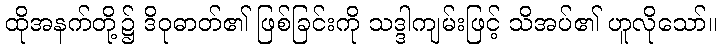
ထိုအနက်တို့၌ ဒိဝုဓာတ်၏ ဖြစ်ခြင်းကို သဒ္ဒါကျမ်းဖြင့် သိအပ်၏ ဟူလိုသော်။